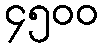
၄၅၀၀